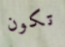
تكون